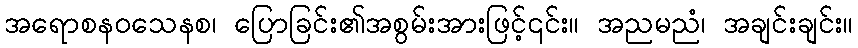
အရောစနဝသေနစ၊ ပြောခြင်း၏အစွမ်းအားဖြင့်၎င်း။ အညမညံ၊ အချင်းချင်း။